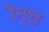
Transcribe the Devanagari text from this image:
रैन्च